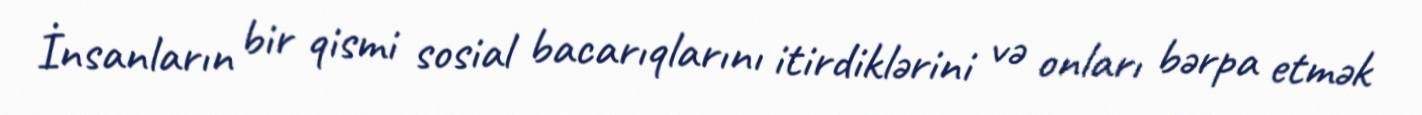
İnsanların bir qismi sosial bacarıqlarını itirdiklərini və onları bərpa etmək